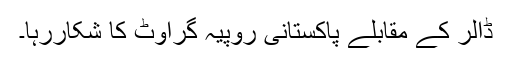
ڈالر کے مقابلے پاکستانی روپیہ گراوٹ کا شکاررہا۔